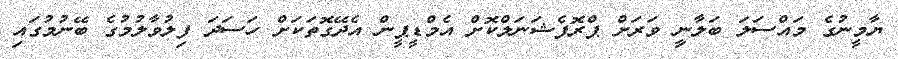
ޔާމީނުގެ މައްސަލަ ބަލާނިީ ވަރަށް ޕްރޮފެޝަނަލްކޮށް އެމްޑީޕީން އެދޭގޮތަކަށް ހަސަދަ ފިލުވާލުމުގެ ބޭނުމުގައި